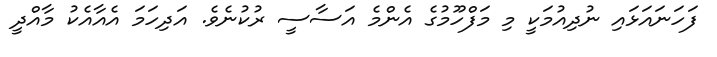
ފަހަނައަޅައި ނުދިއުމަކީ މި މަފްހޫމުގެ އެންމެ އަސާސީ ރުކުނެވެ. އަދިހަމަ އެއާއެކު މާއްދީ